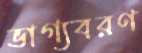
ভাগ্যবরণ